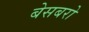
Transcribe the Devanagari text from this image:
बेसबरो